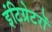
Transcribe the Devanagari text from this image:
इंटिग्रेटरों